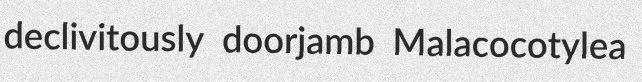
declivitously doorjamb Malacocotylea